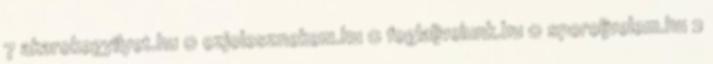
7 akarokegyilyet.hu 0 ezjolesznekem.hu 0 foglaljvelunk.hu 0 sporoljvelem.hu 2